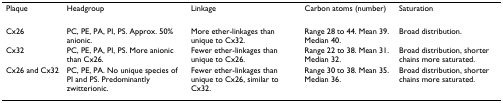
| Plaque | Headgroup | Linkage | Carbon atoms (number) | Saturation |
 | --- | --- | --- | --- | --- |
 | Cx26 | PC, PE, PA, PI, PS. Approx. 50% anionic. | More ether-linkages than unique to Cx32. | Range 28 to 44. Mean 39. Median 40. | Broad distribution. |
 | Cx32 | PC, PE, PA, PI, PS. More anionic than Cx26. | Fewer ether-linkages than unique to Cx26. | Range 22 to 38. Mean 31. Median 32. | Broad distribution, shorter chains more saturated. |
 | Cx26 and Cx32 | PC, PE, PA. No unique species of PI and PS. Predominantly zwitterionic. | Fewer ether-linkages than unique to Cx26, similar to Cx32. | Range 30 to 38. Mean 35. Median 36. | Broad distribution, shorter chains more saturated. |